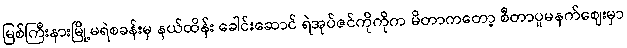
မြစ်ကြီးနားမြို့မရဲစခန်းမှ နယ်ထိန်း ခေါင်းဆောင် ရဲအုပ်ဇင်ကိုကိုက မိတာကတော့ စီတာပူမနက်ဈေးမှာ